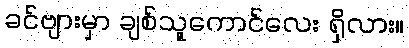
ခင်ဗျားမှာ ချစ်သူကောင်လေး ရှိလား။